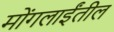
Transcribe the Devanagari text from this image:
मोंगलाईंतील